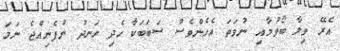
އެރޭ ވިލާ ބޯވުމާއި ނުވަތަ އެހެންވެސް ސަބަބަކާ ހެދި ހަނދު ނުފެނިއްޖެ ނަމަ